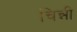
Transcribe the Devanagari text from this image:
चिन्नी